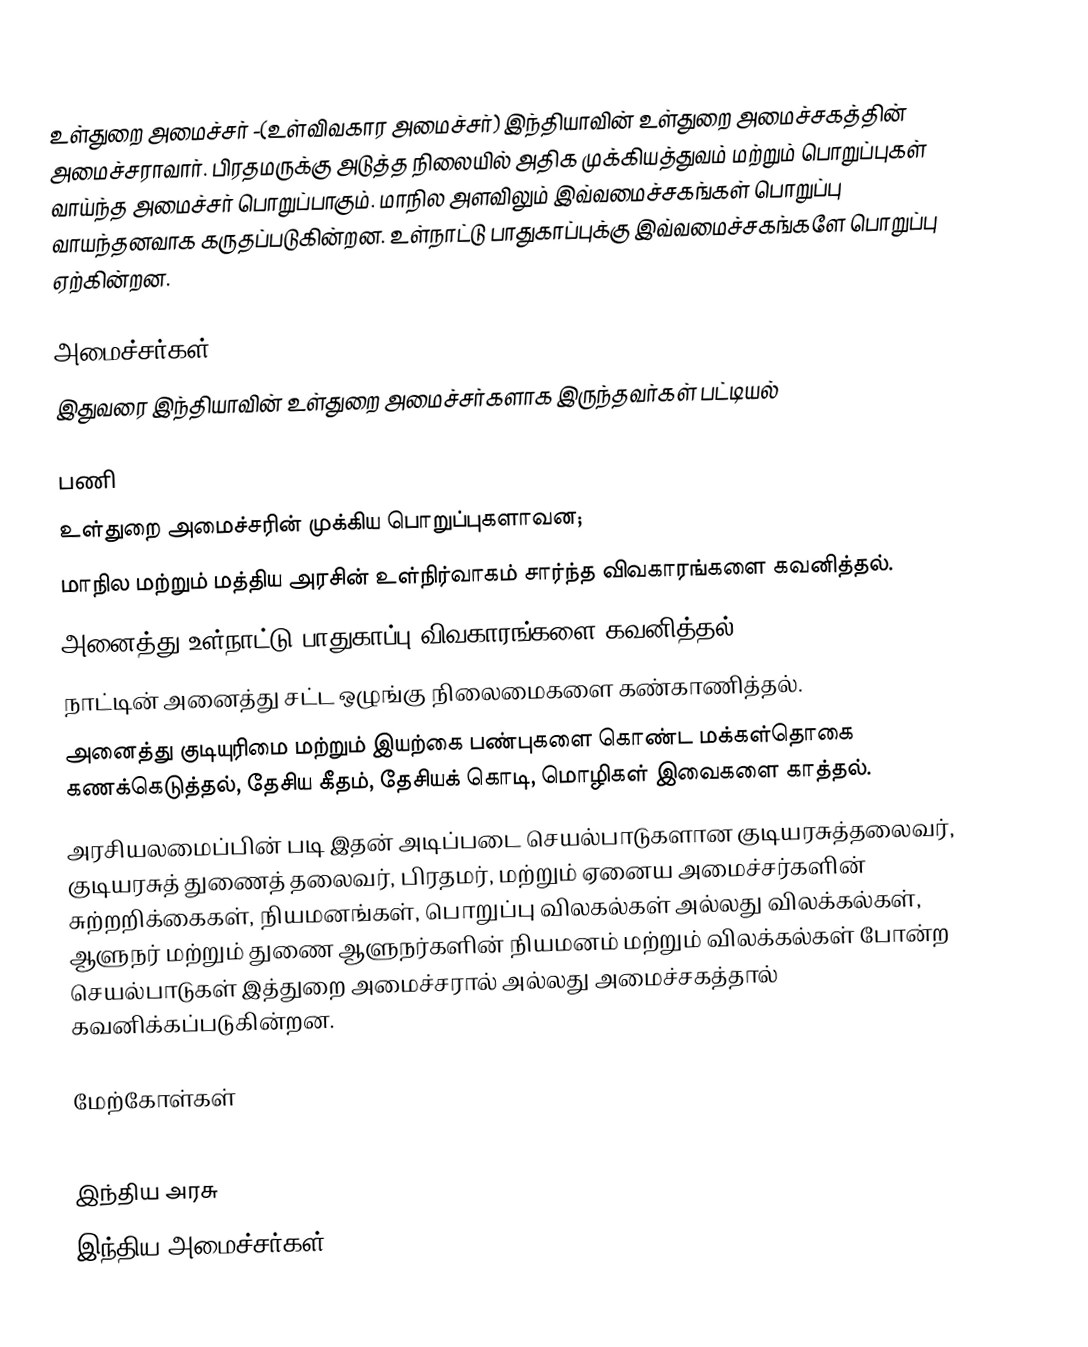
உள்துறை அமைச்சர் -(உள்விவகார அமைச்சர்)  இந்தியாவின் உள்துறை அமைச்சகத்தின் அமைச்சராவார்.  பிரதமருக்கு அடுத்த நிலையில் அதிக முக்கியத்துவம் மற்றும் பொறுப்புகள் வாய்ந்த அமைச்சர் பொறுப்பாகும். மாநில அளவிலும் இவ்வமைச்சகங்கள் பொறுப்பு வாயந்தனவாக கருதப்படுகின்றன. உள்நாட்டு பாதுகாப்புக்கு இவ்வமைச்சகங்களே பொறுப்பு ஏற்கின்றன.

அமைச்சர்கள்
இதுவரை இந்தியாவின் உள்துறை அமைச்சர்களாக இருந்தவர்கள் பட்டியல்

பணி
உள்துறை அமைச்சரின் முக்கிய பொறுப்புகளாவன;
 மாநில மற்றும் மத்திய அரசின் உள்நிர்வாகம் சார்ந்த விவகாரங்களை கவனித்தல்.
 அனைத்து உள்நாட்டு பாதுகாப்பு விவகாரங்களை கவனித்தல்.
 நாட்டின் அனைத்து சட்ட ஒழுங்கு நிலைமைகளை கண்காணித்தல்.
 அனைத்து குடியுரிமை மற்றும் இயற்கை பண்புகளை கொண்ட மக்கள்தொகை கணக்கெடுத்தல், தேசிய கீதம், தேசியக் கொடி, மொழிகள் இவைகளை காத்தல்.
 அரசியலமைப்பின் படி இதன் அடிப்படை செயல்பாடுகளான குடியரசுத்தலைவர், குடியரசுத் துணைத் தலைவர், பிரதமர், மற்றும் ஏனைய அமைச்சர்களின் சுற்றறிக்கைகள், நியமனங்கள், பொறுப்பு விலகல்கள் அல்லது விலக்கல்கள், ஆளுநர் மற்றும் துணை ஆளுநர்களின் நியமனம் மற்றும் விலக்கல்கள் போன்ற செயல்பாடுகள் இத்துறை அமைச்சரால் அல்லது அமைச்சகத்தால்  கவனிக்கப்படுகின்றன.

மேற்கோள்கள்

இந்திய அரசு
இந்திய அமைச்சர்கள்